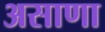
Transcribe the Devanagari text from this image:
असाणा